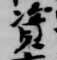
資